Supplement to the account of plague administration in the Bombay Presidency from September 1896 till May 1897
Year: 1896
Disease focus: Plague
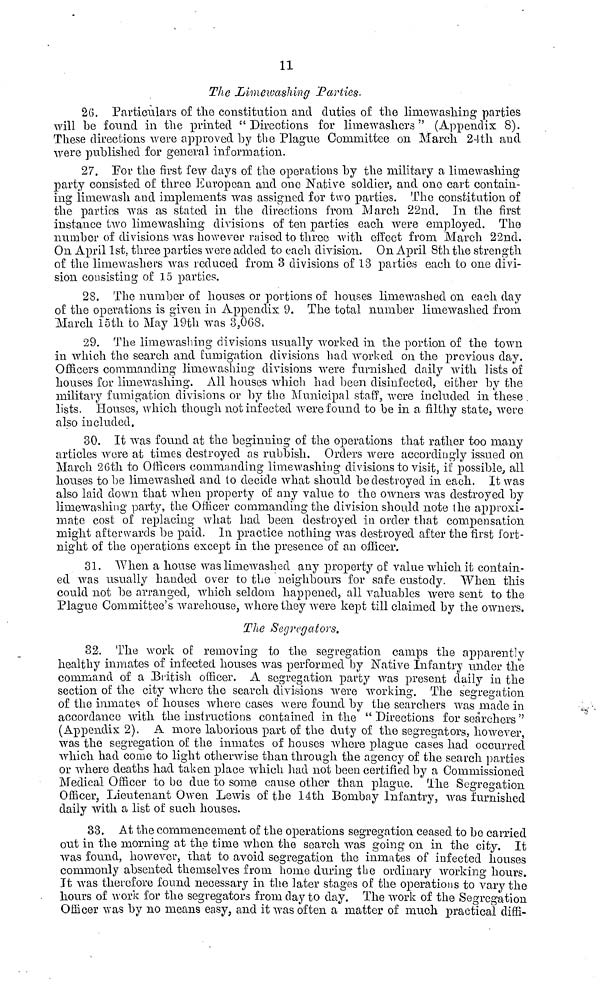
11
The Limewashing Parties.
26. Particulars of the constitution and duties of the limewashing parties
will he found in the printed "Directions for limewashers " (Appendix 8).
These directions were approved by the Plague Committee on March 24th and
were published for general information.
27. For the first few days of the operations by the military a limewashing
party consisted of three European and one Native soldier, and one cart contain-
ing limewash and implements was assigned for two parties. The constitution of
the parties was as stated in the directions from March 22nd. In the first
instance two limewashing divisions of ten parties each were employed. The
number of divisions was however raised to three with effect from. March 22nd.
On April 1st. three parties were added to each division. On April 8th the strength
of the limewashers was reduced from 3 divisions of 13 parties each to one divi-
sion consisting of 15 parties.
28. The number of houses or portions of houses limewashed on each day
of the operations is given in Appendix 9. The total number limewashed from
March 15th to May 19th was 3,068.
29. The limewashing divisions usually worked in the portion of the town
in which the search and fumigation divisions had worked on the previous day.
Officers commanding limewashing divisions were furnished daily with lists of
houses for limewashing. All houses which had been disinfected, either by the
military fumigation divisions or by the Municipal staff, were included in these.
lists. Houses, which though not infected were found to be in a filthy state, were
also included.
30. It was found at the beginning of the operations that rather too many
articles wore at times destroyed as rubbish. Orders were accordingly issued on
March 26th to Officers commanding limewashing divisions to visit, if possible, all
houses to be limewashed and to decide what should be destroyed in each. It was
also laid down that when property of any value to the owners was destroyed by
limewashing party, the Officer commanding the division should note the approxi-
mate cost of replacing what had been destroyed in order that compensation
might afterwards be paid. In practice nothing was destroyed after the first fort-
night of the operations except in the presence of an officer.
31. When a house was limewashed any property of value which it contain-
ed was usually handed over to the neighbours for safe custody. When this
could not be arranged, which seldom happened, all valuables were sent to the
Plague Committee's warehouse, where they were kept till claimed by the owners.
The Segregators.
32. The work of removing to the segregation camps the apparently
healthy inmates of infected houses was performed by Native Infantry under the
command of a British, officer. A segregation party was present daily in the
section of the city where the search divisions were working. The segregation
of the inmates of houses where cases were found by the searchers was made in
accordance with, the instructions contained in the " Directions for searchers ''
(Appendix 2). A more laborious part of the duty of the segregators, however,
was the segregation of the inmates of houses where plague cases had occurred
which had come to light otherwise than through the agency of the search parties
or where deaths had taken place "which had not been certified by a Commissioned
Medical Officer to be due to some cause other than plague, The Segregation
Officer, Lieutenant Owen Lewis of the 14th Bombay Infantry, was furnished
daily with a list of such houses.
33. At the commencement of the operations segregation ceased to be carried
out in the morning at the time when the search was going on in the city. It
was found, however, that to avoid segregation the inmates of infected houses
commonly absented themselves from home during the ordinary working hours.
It was therefore found necessary in the later stages of the operations to vary the
hours of work for the segregators from day to day. The work of the Segregation
Officer was by no means easy, and it was often a matter of much practical diffi-